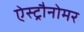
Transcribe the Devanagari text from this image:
ऐस्ट्रौनोमर